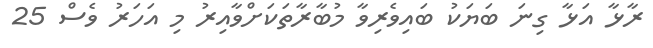
ރާޅާ އަޅާ ގިނަ ބަޔަކު ބައިވެރިވާ މުބާރާތަކަށްވާއިރު މި އަހަރު ވެސް 25